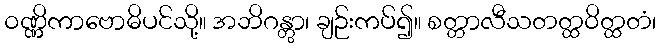
ဝဏ္ဏိကာဗောဓိပင်သို့။ အဘိဂန္တွာ၊ ချဉ်းကပ်၍။ စတ္တာလီသတတ္ထဝိတ္ထတံ၊